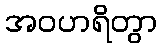
အဝဟရိတွာ